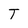
Character: U